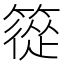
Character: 篵